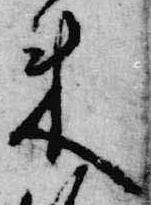
来